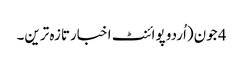
4 جون(اُردو پوائنٹ اخبارتازہ ترین۔